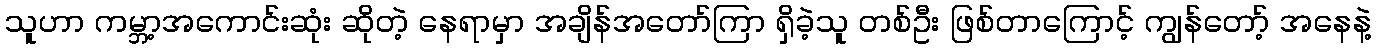
သူဟာ ကမ္ဘာ့အကောင်းဆုံး ဆိုတဲ့ နေရာမှာ အချိန်အတော်ကြာ ရှိခဲ့သူ တစ်ဦး ဖြစ်တာကြောင့် ကျွန်တော့် အနေနဲ့